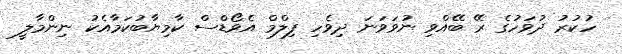
ހުކުރު ދުވަހުގެ ރޭ ބޭއްވި ނުވަވަނަ ދިވެހި ފިލްމް އެވޯޑްސް ކާމިޔާބުކަމާއެކު ނިންމާލީ